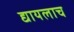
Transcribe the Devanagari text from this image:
द्यायलाच